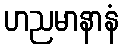
ဟညမာနာနံ